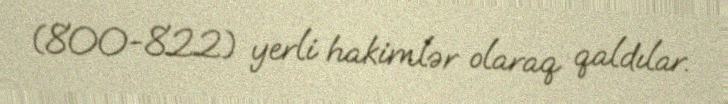
(800-822) yerli hakimlər olaraq qaldılar.